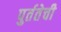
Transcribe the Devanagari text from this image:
पुर्ततेची